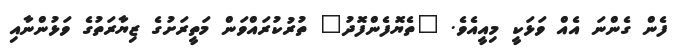
ފެން ގެންނަ އެއް ވަޅަކީ މިއީއެވެ. "ތެޔޮފެންފޮދު" ތުރުކުރައްވަން މަތީރަށުގެ ޒިޔާރަތުގެ ވަޅުންނާއި